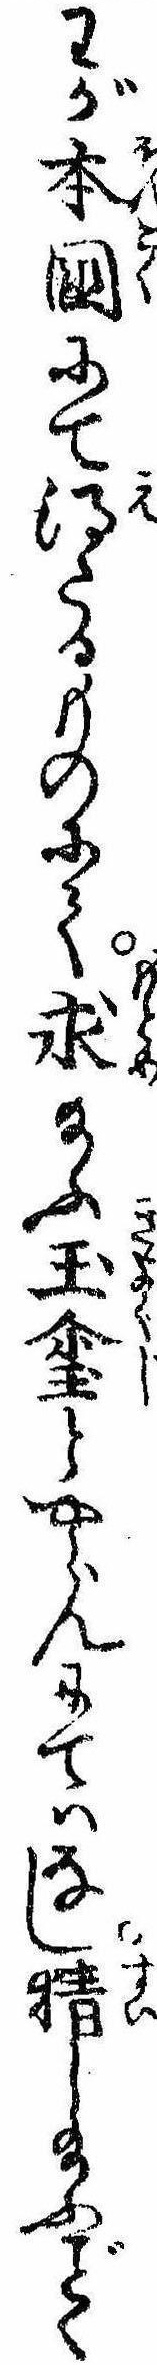
わが本国にて得たるものにて求給ふ玉璽とやらんにてはなし猜し給ふく